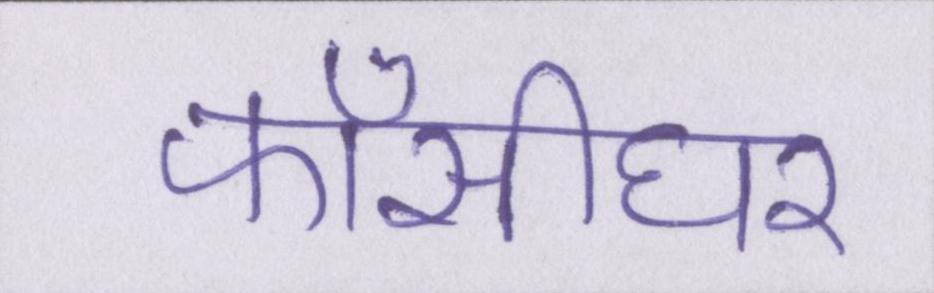
फाँसीघर